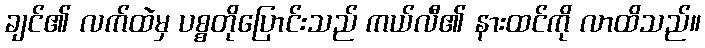
ချင်၏ လက်ထဲမှ ပစ္စတိုပြောင်းသည် ကယ်လီ၏ နားထင်ကို လာထိသည်။